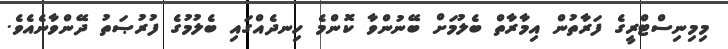
މިމިނިސްޓްރީގެ ފަރާތުން އިމާރާތް ބެލުމަށް ބޭނުންވާ ކޮންމެ ހިނދެއްގައި ބެލުމުގެ ފުރުޞަތު ދޭންވާނެއެވެ.